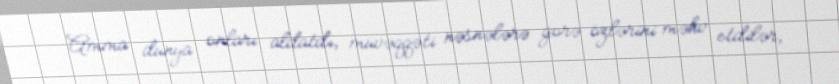
Amma dünya onları aldatdı, müvəqqəti nəsnələrə görə özlərini məhv etdilər,